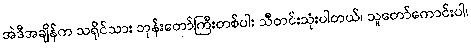
အဲဒီအချိန်က သရိုင်သား ဘုန်းတော်ကြီးတစ်ပါး သီတင်းသုံးပါတယ်၊ သူတော်ကောင်းပါ၊